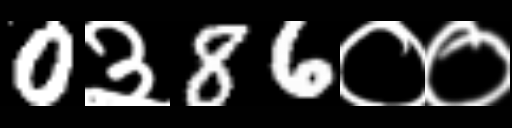
Text: 0३86००